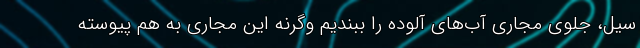
سیل، جلوی مجاری آب‌های آلوده را ببندیم وگرنه این مجاری به هم پیوسته